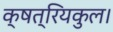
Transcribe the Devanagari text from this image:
क्षत्रियकुल।